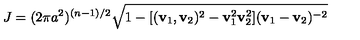
J = ( 2 \pi a ^ { 2 } ) ^ { ( n - 1 ) / 2 } \sqrt { 1 - [ ( { \bf v } _ { 1 } , { \bf v } _ { 2 } ) ^ { 2 } - { \bf v } _ { 1 } ^ { 2 } { \bf v } _ { 2 } ^ { 2 } ] ( { \bf v } _ { 1 } - { \bf v } _ { 2 } ) ^ { - 2 } }